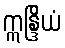
ဣန္ဒြိယံ